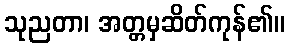
သုညတာ၊ အတ္တမှဆိတ်ကုန်၏။